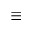
\equiv